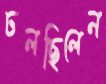
ঢলছিলেন